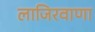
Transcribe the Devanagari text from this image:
लाजिरवाणा